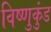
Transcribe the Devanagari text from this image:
विष्णुकुंड